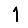
Digit: 1